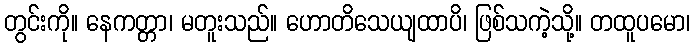
တွင်းကို။ နေကတ္တာ၊ မတူးသည်။ ဟောတိသေယျထာပိ၊ ဖြစ်သကဲ့သို့။ တထူပမော၊